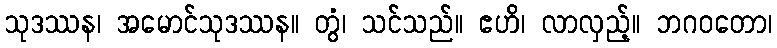
သုဒဿန၊ အမောင်သုဒဿန။ တွံ၊ သင်သည်။ ဧဟိ၊ လာလှည့်။ ဘဂဝတော၊